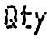
QTY